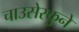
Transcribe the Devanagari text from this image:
चाउसेस्कुने